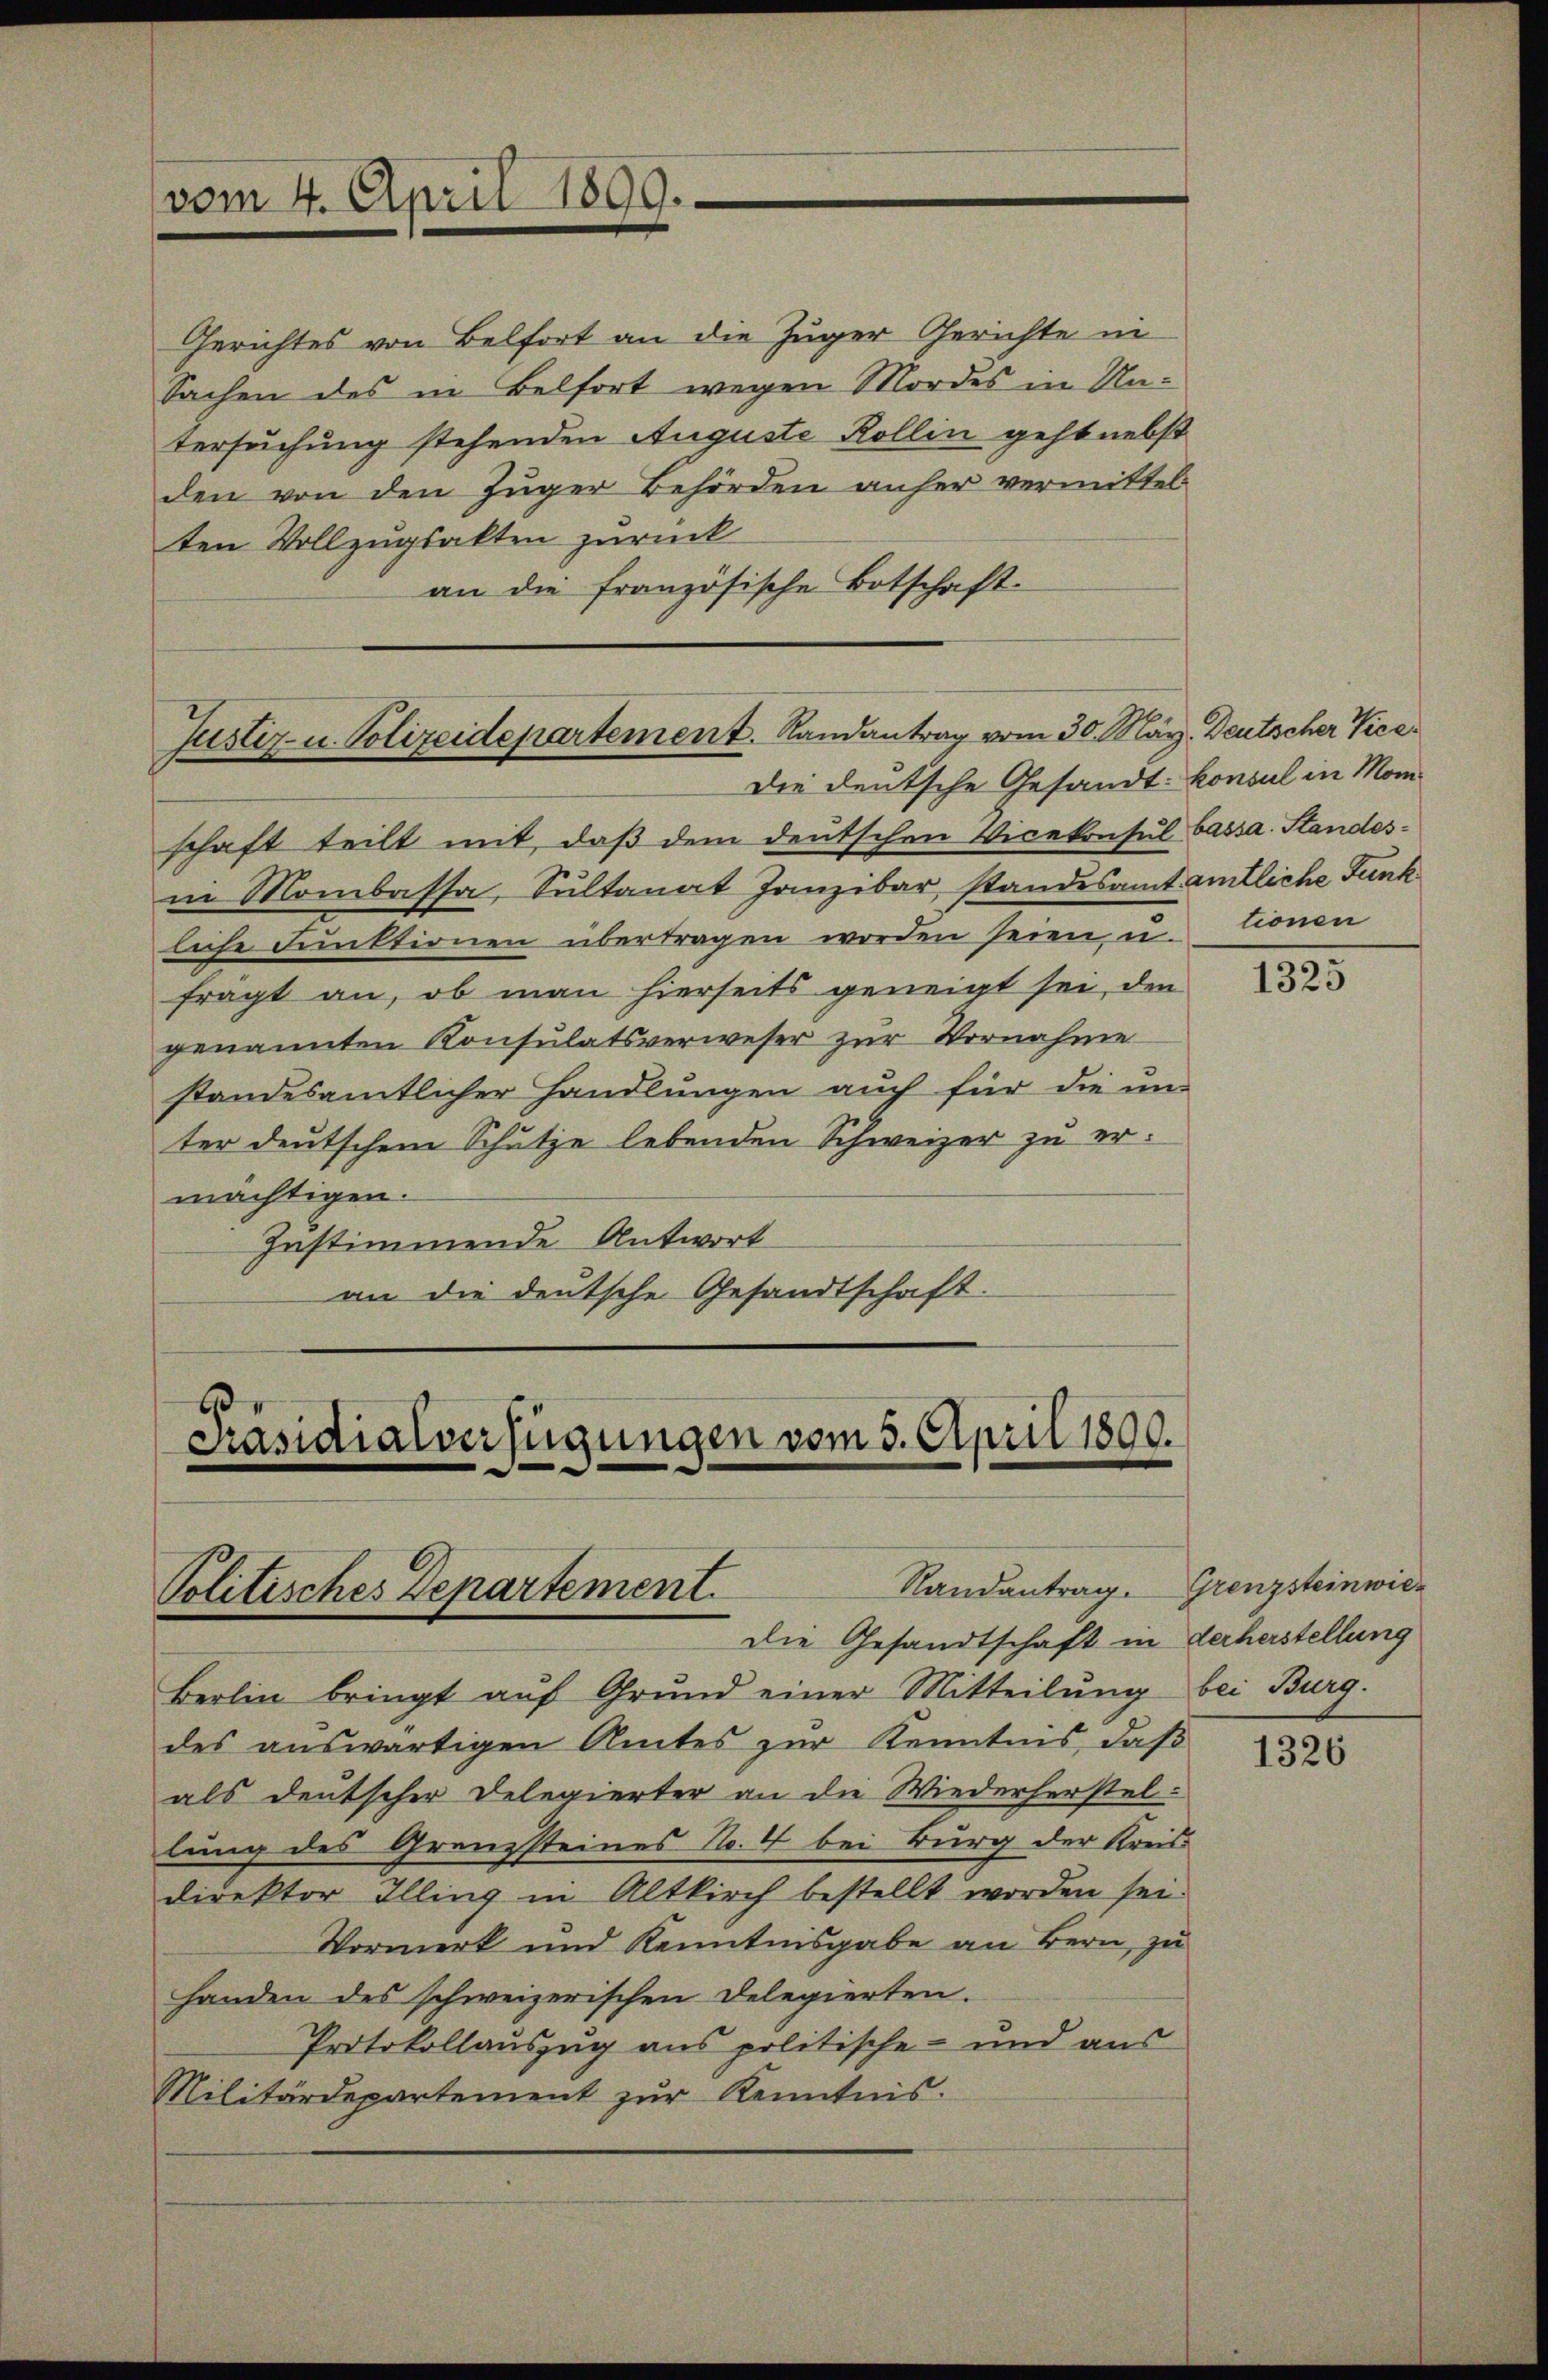
vom 4. April 1899.

Justiz- u. Polizeidepartement. Randantrag vom 30. März. Deutscher Vice¬
Die deutsche Gesandt. Consul in Mon¬

Präsidialverfügungen vom 3. April 1890.
Randantrag. Grenzsteinwie¬
Politisches Departement.
Die Gesandtschaft in derherstellung

Gerichtes von Belfort an die Zuger Gerichte in
Sachen des in Belfort wegen Mordes in Untersuchung stehenden Auguste Kollin geht nebst
den von den Züger Behörden anher vermittel-
ten Vollzugsakten zurück
an die französische Botschaft.

schaft teilt mit, daß dem deutschen Vicekonsul Cassa. Standesin Mombassa, Sultanat Janzibar, standesamt amtliche Funk
liche Funktionen übertragen worden seien u. tionen
frägt an, ob man hierseits geneigt sei, den
genannten Konsulatsverweser zur Vornahme
standesamtlicher Handlungen auch für die un
ter deutschem Schutze lebenden Schweizer zu ermächtigen.
Zustimmende Antwort
an die deutsche Gesandtschaft.

Berlin bringt auf Grund einer Mitteilung bei Burg.
des auswärtigen Amtes zur Kenntnis, daß
als deutscher Delegierter an die Wiederherstellung des Grenzsteines No. 4 bei Burg der Kreisdirektor Illing in Altkirch bestellt worden sei.
Vormerk und Kenntnisgabe an Bern, zu
handen des schweizerischen Delegierten.
Protokollauszug aus politische und aus
Militärdepartement zŭr Kenntnis.

1325

1326